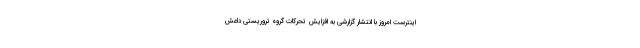
اینترست امروز با انتشار گزارشی به افزایش تحرکات گروه تروریستی داعش